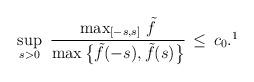
LaTeX: \begin{align*}\sup_{s>0}\ \dfrac{\max_{[-s,s]}\, \tilde{f}} {\max\big\{\tilde{f}(-s),\tilde{f}(s)\big\}}\, \le \, c_0.\footnote{In particular, if $\tilde{f}(s)$ is monotone, then (H1)' is satisfied with $c_0=1$.} \end{align*}